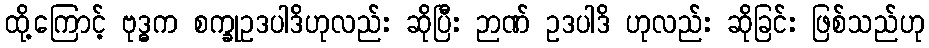
ထို့ကြောင့် ဗုဒ္ဓက စက္ခုဥဒပါဒိဟုလည်း ဆိုပြီး ဉာဏ် ဥဒပါဒိ ဟုလည်း ဆိုခြင်း ဖြစ်သည်ဟု